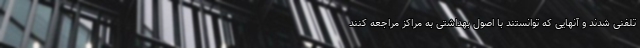
تلفنی شدند و آنهایی که توانستند با اصول بهداشتی به مراکز مراجعه کنند